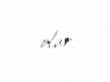
olur.